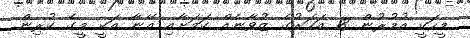
މީހަކީ އުމުރުން 18 އަހަރުގެ ޒުވާނެއް ކަމަށާއި އޭނާ އަކީ މީގެ ކުރިން